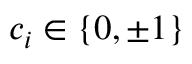
c _ { i } \in \{ 0 , \pm 1 \}